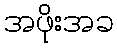
အဖိုးအခ